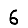
Digit: 6